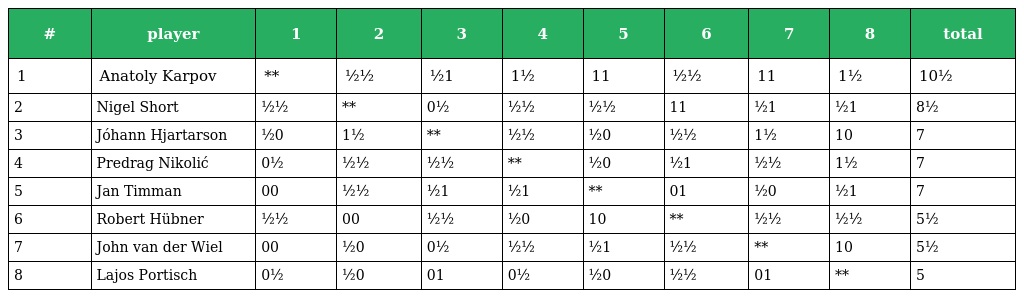
| # | player | 1 | 2 | 3 | 4 | 5 | 6 | 7 | 8 | total |
 | --- | --- | --- | --- | --- | --- | --- | --- | --- | --- | --- |
 | 1 | Anatoly Karpov | ** | ½½ | ½1 | 1½ | 11 | ½½ | 11 | 1½ | 10½ |
 | 2 | Nigel Short | ½½ | ** | 0½ | ½½ | ½½ | 11 | ½1 | ½1 | 8½ |
 | 3 | Jóhann Hjartarson | ½0 | 1½ | ** | ½½ | ½0 | ½½ | 1½ | 10 | 7 |
 | 4 | Predrag Nikolić | 0½ | ½½ | ½½ | ** | ½0 | ½1 | ½½ | 1½ | 7 |
 | 5 | Jan Timman | 00 | ½½ | ½1 | ½1 | ** | 01 | ½0 | ½1 | 7 |
 | 6 | Robert Hübner | ½½ | 00 | ½½ | ½0 | 10 | ** | ½½ | ½½ | 5½ |
 | 7 | John van der Wiel | 00 | ½0 | 0½ | ½½ | ½1 | ½½ | ** | 10 | 5½ |
 | 8 | Lajos Portisch | 0½ | ½0 | 01 | 0½ | ½0 | ½½ | 01 | ** | 5 |